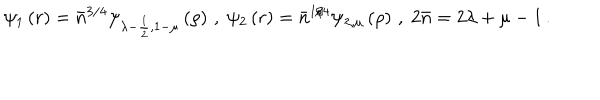
\psi _ { 1 } \left( r \right) = \bar { n } ^ { 3 / 4 } \psi _ { \lambda - \frac { 1 } { 2 } , 1 - \mu } \left( \rho \right) \, , \; \psi _ { 2 } \left( r \right) = \bar { n } ^ { 1 / 4 } \psi _ { \lambda , \mu } \left( \rho \right) \, , \; 2 \bar { n } = 2 \lambda + \mu - 1 \, .